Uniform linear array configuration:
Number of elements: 24
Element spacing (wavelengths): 1
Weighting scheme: cosine
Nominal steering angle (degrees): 30
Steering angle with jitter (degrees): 29.248
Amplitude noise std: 0.05
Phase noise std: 0.05

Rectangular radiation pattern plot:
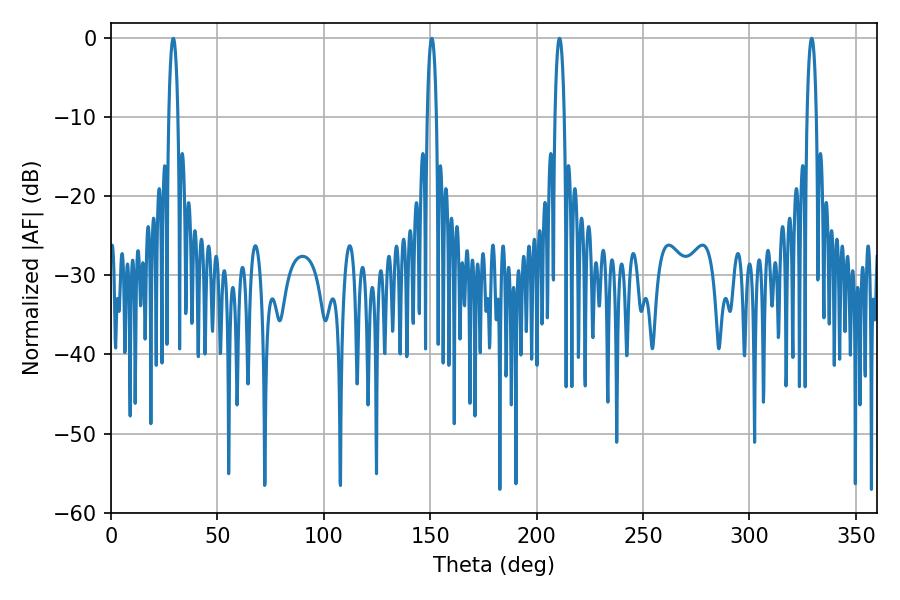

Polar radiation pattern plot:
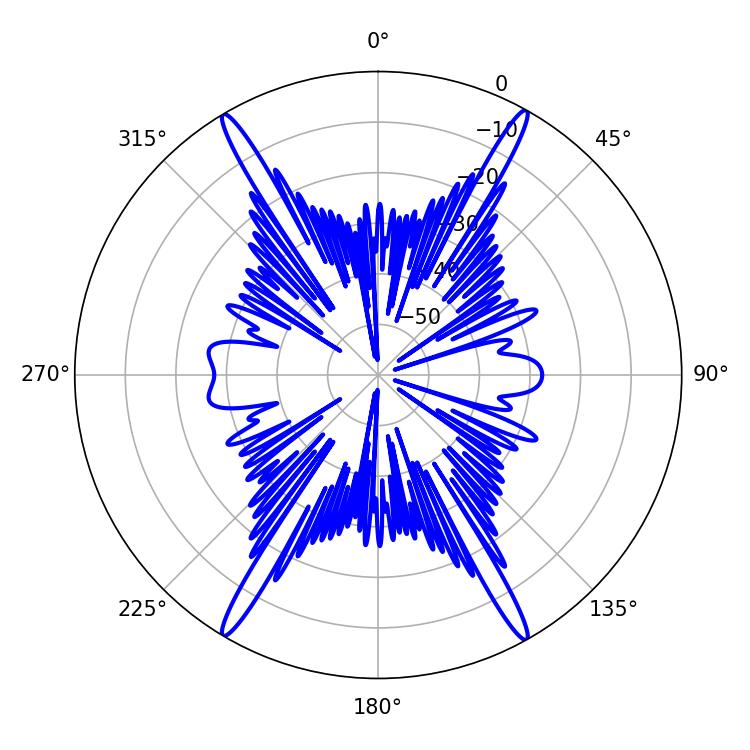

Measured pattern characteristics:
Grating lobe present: TRUE
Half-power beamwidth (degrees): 2.52
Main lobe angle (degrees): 329.22